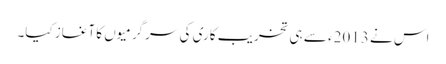
اس نے 2013ء سے ہی تخریب کاری کی سرگرمیوں کا آغاز کیا۔